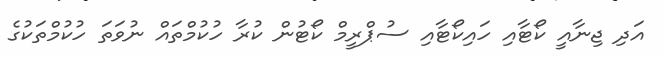
އަދި ޖިނާއީ ކޯޓާއި ހައިކޯޓާއި ސުޕްރީމް ކޯޓުން ކުރާ ހުކުމްތައް ނުވަތަ ހުކުމްތަކުގެ